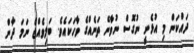
ދައްކަން މި އުޅެނީ ނުގޮސް ނުވާނޭ ތަނެއްގެ ވާހަކައެވެ. ބަލިވެއްޖެ ނަމަ ދާން